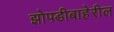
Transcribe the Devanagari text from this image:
झोपडीबाहेरील